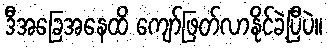
ဒီအခြေအနေထိ ကျော်ဖြတ်လာနိုင်ခဲ့ပြီပဲ။